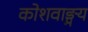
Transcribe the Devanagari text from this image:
कोशवाङ्मय